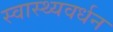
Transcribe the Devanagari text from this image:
स्वास्थ्यवर्धन